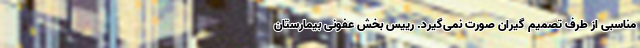
مناسبی از طرف تصمیم گیران صورت نمی‌گیرد. رییس بخش عفونی بیمارستان